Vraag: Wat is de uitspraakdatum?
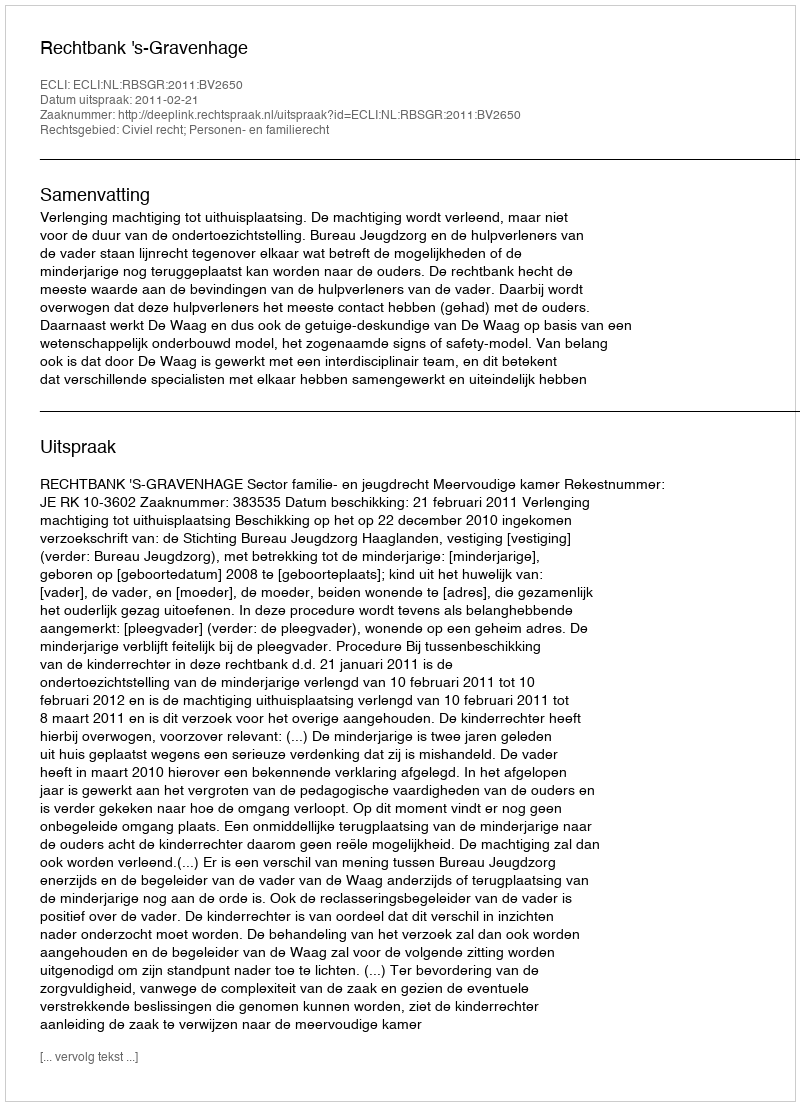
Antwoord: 2011-02-21